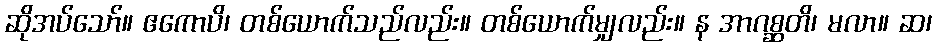
ဆိုအပ်သော်။ ဧကောပိ၊ တစ်ယောက်သည်လည်း။ တစ်ယောက်မျှလည်း။ န အာဂစ္ဆတိ၊ မလာ။ ဆ၊